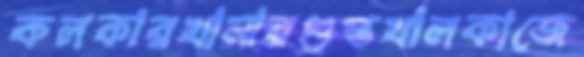
কলকারখানারগুপ্তখালকাজে